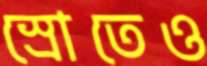
স্রোতেও